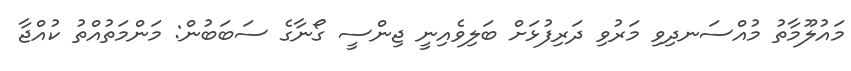
މައުލޫމާތު މުއްސަނދިވި މަރުވި ދަރިފުޅަށް ބަލިވެއިނީ ޖިންސީ ގޯނާގެ ސަބަބުން: މަންމަތުއްތު ކުއްޖާ